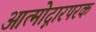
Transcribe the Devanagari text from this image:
आत्मोद्गारपरक